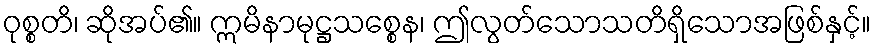
ဝုစ္စတိ၊ ဆိုအပ်၏။ ဣမိနာမုဋ္ဌသစ္စေန၊ ဤလွတ်သောသတိရှိသောအဖြစ်နှင့်။